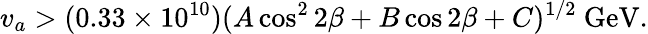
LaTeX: v_{a}>(0.33\times 10^{10})(A\cos^{2}2\beta+B\cos 2\beta+C)^{1/2}\ \mathrm{GeV}.